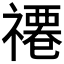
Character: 𮂗